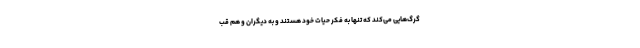
گرگ‌هایی می‌کند که تنها به فکر حیات خود هستند و به دیگران و هم قب